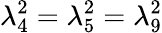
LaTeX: \lambda_{4}^{2}=\lambda_{5}^{2}=\lambda_{9}^{2}